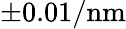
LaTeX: \pm 0.01/\mathrm{nm}